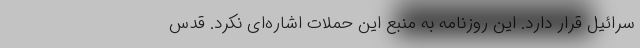
سرائیل قرار دارد. این روزنامه به منبع این حملات اشاره‌ای نکرد. قدس